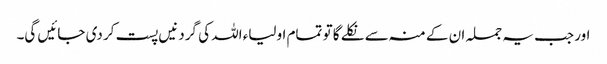
اور جب یہ جملہ ان کے منہ سے نکلے گا تو تمام اولیاء اللہ کی گردنیں پست کر دی جائیں گی۔